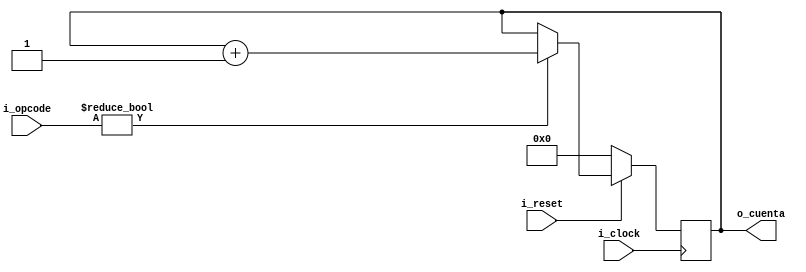
 `timescale 1ns / 1ps

//////////////////////////////////////////////////////////////////////////////////
// Company: 
// 
// Design Name: 
// Module Name: contador_ciclos
// Project Name: BIPI
// Target Devices: 
// Tool Versions: 
// Description:
// 
// Dependencies: 
// 
// Revision:
// Revision 0.01 - File Created
// Additional Comments:
// 
//////////////////////////////////////////////////////////////////////////////////


module CC
    #(
        parameter CONTADOR_LENGTH = 11,
        parameter OPCODE_LENGTH =5
    )
    (
        input i_clock, 
        input i_reset,
        input [OPCODE_LENGTH-1:0] i_opcode,//entrada opcode del deco
        output reg [CONTADOR_LENGTH - 1 : 0] o_cuenta   //contador
    );



always@( posedge i_clock) begin
     // Se resetea el contador
    if (~ i_reset) begin
        o_cuenta <= 0;
    end 
    else if (i_opcode!=0) begin
        o_cuenta <= o_cuenta + 1;
    end
    else begin
        o_cuenta <= o_cuenta;
    end
end

endmodule